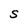
Character: S